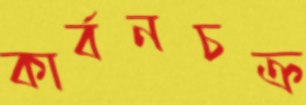
কার্বনচক্র